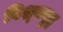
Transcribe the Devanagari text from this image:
विश्‍वयुद्ध